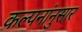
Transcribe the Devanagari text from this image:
कल्पनांनुसार